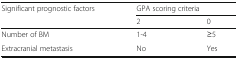
| Significant prognostic factors | <COLSPAN=2> GPA scoring criteria |
 |  | 2 | 0 |
 | --- | --- | --- |
 | Number of BM | 1-4 | ≥5 |
 | Extracranial metastasis | No | Yes |